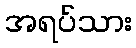
အရပ်သား